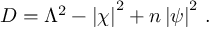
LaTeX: D = \Lambda ^ { 2 } - \left| \chi \right| ^ { 2 } + n \left| \psi \right| ^ { 2 } \, .